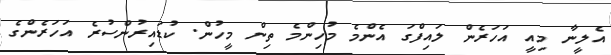
އެލީނާ މިއީ އަހަރެން ލައިފްގަ އެންމެ މުހިންމެ ތިން މީހުން. ކުޑައިރުންސުރެ އަހަރެންގެ